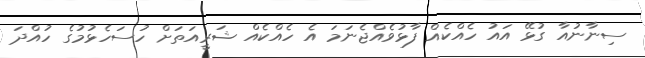
ސިނާނުއާ ގުޅޭ އައު ހެއްކެއް ފާޅުވެއްޖެނަމަ އެ ހެއްކެއް ޝަރީއަތަށް ހުސަހެޅުމުގެ ހުއްދަ